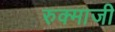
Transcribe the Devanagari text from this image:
रुक्माजी